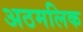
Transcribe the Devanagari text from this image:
अठमलिक